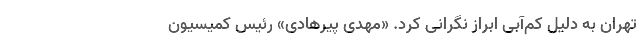
تهران به دلیل کم‌آبی ابراز نگرانی کرد. «مهدی پیرهادی» رئیس کمیسیون